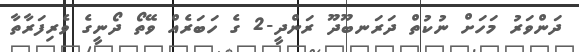
ދަންވަރު މަހަށް ނުކުތް ދަރަނބޫދޫ ރަންދީ-2 ގެ ހަބަރެއް ވޭތޯ ދޯނީގެ ވެރިފަރާތާ